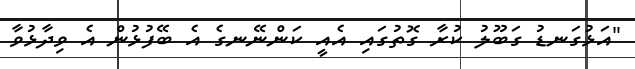
"އަޅުގަނޑު ގަބޫލު ކުރާ ގޮތުގައި އެއީ ކަންނޭނގެ އެ ބޭފުޅުން އެ ވިދާޅުވާ